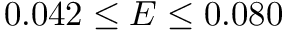
0 . 0 4 2 \leq E \leq 0 . 0 8 0